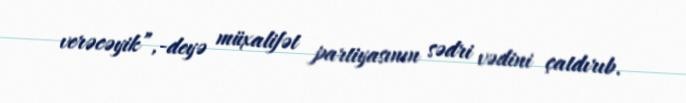
verəcəyik”,-deyə müxalifət partiyasının sədri vədini çatdırıb.